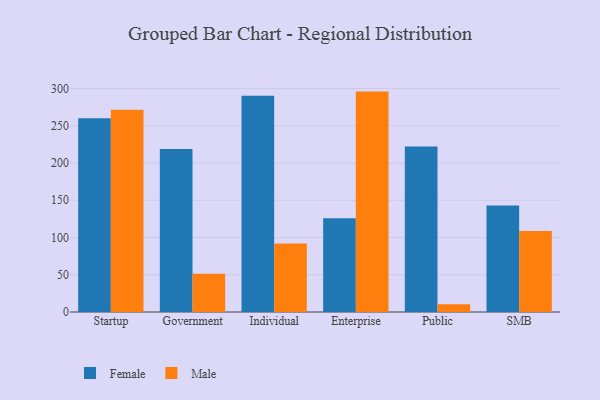
{"axis": {"x": "Segment", "y": "Headcount"}, "legend": ["Female", "Male"], "data": [{"x": "Startup", "y": 260.0, "type": "Female"}, {"x": "Startup", "y": 271.6, "type": "Male"}, {"x": "Government", "y": 218.9, "type": "Female"}, {"x": "Government", "y": 51.5, "type": "Male"}, {"x": "Individual", "y": 290.4, "type": "Female"}, {"x": "Individual", "y": 92.0, "type": "Male"}, {"x": "Enterprise", "y": 125.9, "type": "Female"}, {"x": "Enterprise", "y": 295.9, "type": "Male"}, {"x": "Public", "y": 222.1, "type": "Female"}, {"x": "Public", "y": 10.4, "type": "Male"}, {"x": "SMB", "y": 142.9, "type": "Female"}, {"x": "SMB", "y": 108.8, "type": "Male"}]}